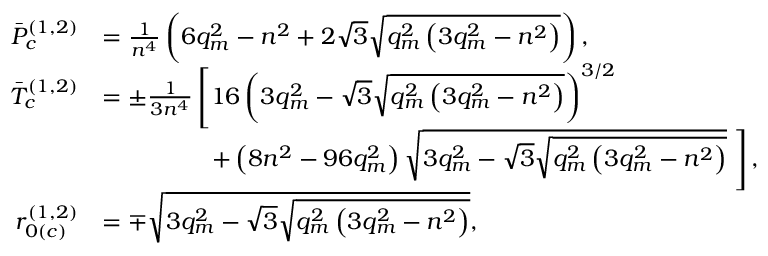
\begin{array} { r l } { \Bar { P } _ { c } ^ { ( 1 , 2 ) } } & { = \frac { 1 } { n ^ { 4 } } \left( 6 q _ { m } ^ { 2 } - n ^ { 2 } + 2 \sqrt { 3 } \sqrt { q _ { m } ^ { 2 } \left( 3 q _ { m } ^ { 2 } - n ^ { 2 } \right) } \right) , } \\ { \Bar { T } _ { c } ^ { ( 1 , 2 ) } } & { = \pm \frac { 1 } { 3 n ^ { 4 } } \left[ 1 6 \left( 3 q _ { m } ^ { 2 } - \sqrt { 3 } \sqrt { q _ { m } ^ { 2 } \left( 3 q _ { m } ^ { 2 } - n ^ { 2 } \right) } \right) ^ { 3 / 2 } \right. } \\ & { \; \; \; \; \; \; \; \; \; \; \; \; \; \; \; \; \left. + \left( 8 n ^ { 2 } - 9 6 q _ { m } ^ { 2 } \right) \sqrt { 3 q _ { m } ^ { 2 } - \sqrt { 3 } \sqrt { q _ { m } ^ { 2 } \left( 3 q _ { m } ^ { 2 } - n ^ { 2 } \right) } } \; \right] , } \\ { r _ { 0 ( c ) } ^ { ( 1 , 2 ) } } & { = \mp { \sqrt { 3 q _ { m } ^ { 2 } - \sqrt { 3 } \sqrt { q _ { m } ^ { 2 } \left( 3 q _ { m } ^ { 2 } - n ^ { 2 } \right) } } } , } \end{array}